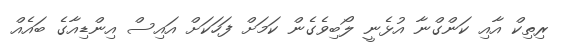
ރިތިކް އާއި ކަންގްނާ އުޅެނީ ލޯބިވެގެން ކަމަށް ފަހަކަށް އައިސް އިންޑިއާގެ ބައެއް